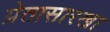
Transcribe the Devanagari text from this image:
प्रेतासारखा